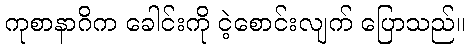
ကုစာနာဂိက ခေါင်းကို ငဲ့စောင်းလျက် ပြောသည်။